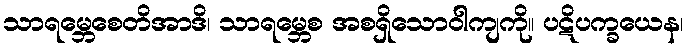
သာရမ္ဘေစေတိအာဒိ၊ သာရမ္ဘေစ အစရှိသောဝါကျကို။ ပဋိပက္ခယေန၊